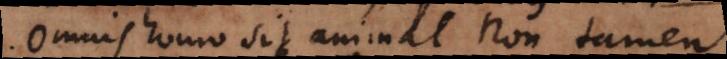
omnis homo sit animal, non tamen